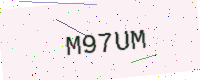
Text: M97UM